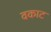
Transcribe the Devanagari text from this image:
वकाट